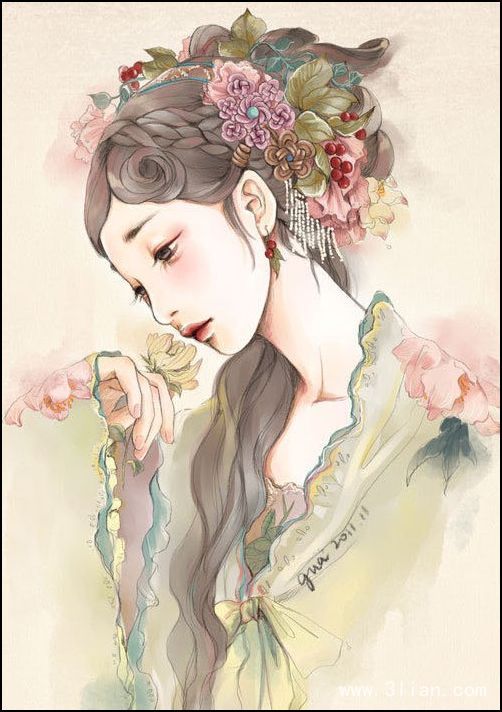
照花前后镜，花面交相映。